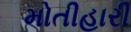
મોતીહારી